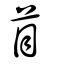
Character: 苜